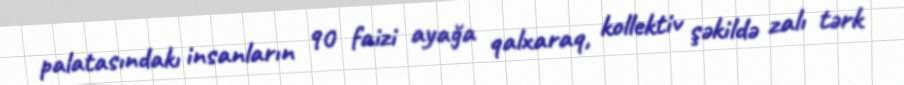
palatasındakı insanların 90 faizi ayağa qalxaraq, kollektiv şəkildə zalı tərk